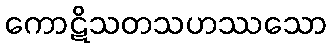
ကောဋိသတသဟဿသော